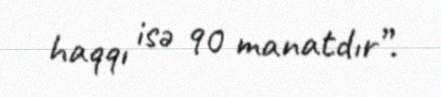
haqqı isə 90 manatdır”.